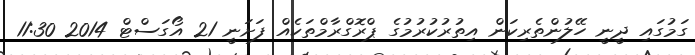
ގަމުގައި ދީނީ ހޭލުންތެރިކަން އިތުރުކުރުމުގެ ޕްރޮގްރާމްތަކެއް ފަށަނީ 21 އޯގަސްޓް 2014 11:30